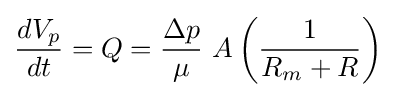
{\frac {dV_{p}}{dt}}=Q={\frac {\Delta p}{\mu }}\ A\left({\frac {1}{R_{m}+R}}\right)